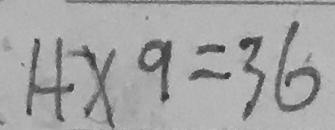
1 + x 9 = 3 6